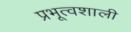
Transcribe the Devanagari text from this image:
प्रभूत्वशाली